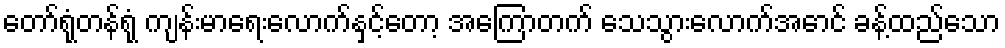
တော်ရုံတန်ရုံ ကျန်းမာရေးလောက်နှင့်တော့ အကြောတက် သေသွားလောက်အောင် ခန့်ထည်သော